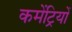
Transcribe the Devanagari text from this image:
कमेंट्रियों